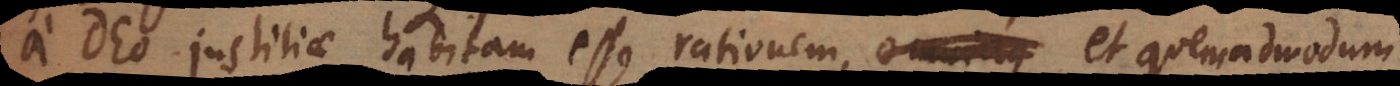
a Deo justitiae habitam esse rationem, omniaque et quemadmodum